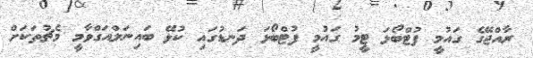
ރާއްޖޭގެ ގައުމީ ފުޓްބޯޅަ ޓީމު ގައުމީ ފުޓްބޯޅަ ދަނޑުގައި ކުޅޭ ބައިނަލްއަގްވާމީ މެޗުތަކަށް